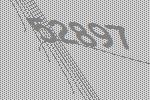
52897